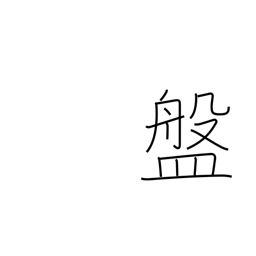
Meaning: shallow bowl